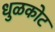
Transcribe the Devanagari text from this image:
धुळकोट